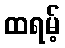
ထရမ့်